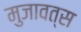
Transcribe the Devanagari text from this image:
मुजावत्स